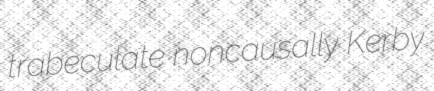
trabeculate noncausally Kerby